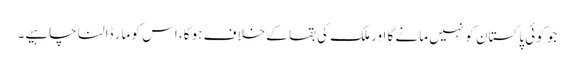
جو کوئی پاکستان کو نہیں مانے گا اور ملک کی بقا کے خلاف ہو گا، اس کو مار ڈالنا چاہیے۔